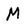
Character: M